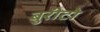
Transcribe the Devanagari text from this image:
बुरीटो